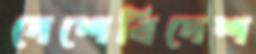
দেশেবিদেশ